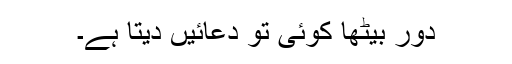
دور بیٹھا کوئی تو دعائیں دیتا ہے۔